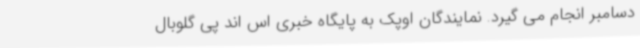
دسامبر انجام می گیرد. نمایندگان اوپک به پایگاه خبری اس اند پی گلوبال